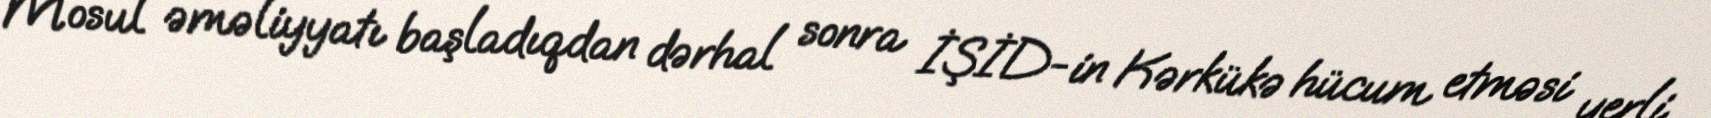
Mosul əməliyyatı başladıqdan dərhal sonra İŞİD-in Kərkükə hücum etməsi yerli